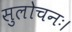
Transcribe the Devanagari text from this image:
सुलोचनः।